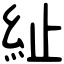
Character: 䊼